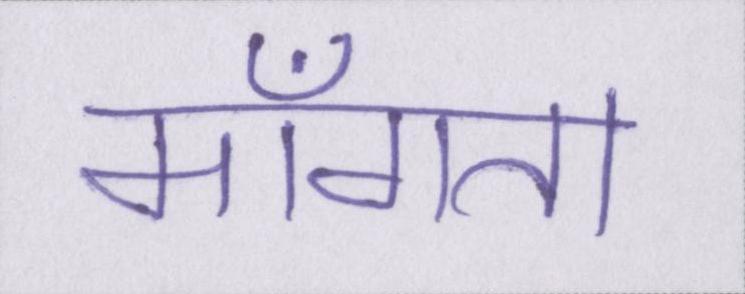
माँगता